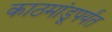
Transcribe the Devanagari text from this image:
काठमांडूपर्यंत